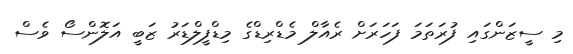
މި ސީޒަންގައި ފުރަތަމަ ފަހަރަށް ރެއާލް މެޑްރިޑްގެ މިޑްފީލްޑަރު ޒަބީ އަލޮންސޯ ވެސް